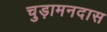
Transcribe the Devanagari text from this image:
चुड़ामनदास